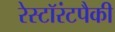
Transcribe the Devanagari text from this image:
रेस्टॉरंटपैकी